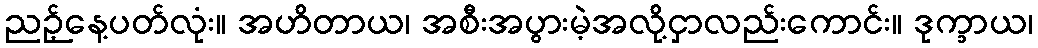
ညဉ့်နေ့ပတ်လုံး။ အဟိတာယ၊ အစီးအပွားမဲ့အလို့ငှာလည်းကောင်း။ ဒုက္ခာယ၊